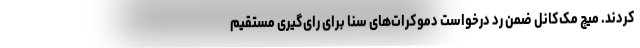
کردند. میچ مک‌کانل ضمن رد درخواست دموکرات‌های سنا برای رای‌گیری مستقیم